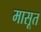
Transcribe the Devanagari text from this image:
मासूत